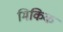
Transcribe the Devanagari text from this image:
मिकिक